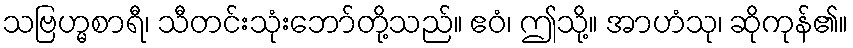
သဗြဟ္မစာရီ၊ သီတင်းသုံးဘော်တို့သည်။ ဧဝံ၊ ဤသို့။ အာဟံသု၊ ဆိုကုန်၏။